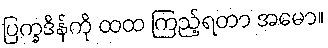
ပြက္ခဒိန်ကို ထထ ကြည့်ရတာ အမော။